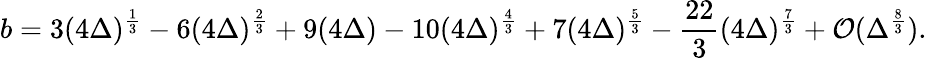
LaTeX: b=3(4\Delta)^{\frac{1}{3}}-6(4\Delta)^{\frac{2}{3}}+9(4\Delta)-10(4\Delta)^{\frac{4}{3}}+7(4\Delta)^{\frac{5}{3}}-\frac{22}{3}(4\Delta)^{\frac{7}{3}}+{\cal{O}}(\Delta^{\frac{8}{3}}).